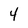
Character: 4